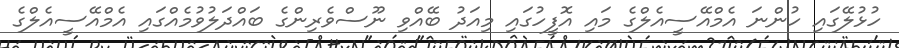
ހުޅުލޭގައި ހުންނަ އެމްއޭސީއެލްގެ މައި އޮފީހުގައި މިއަދު ބޭއްވި ނޫސްވެރިންގެ ބައްދަލުވުމެއްގައި އެމްއޭސީއެލްގެ